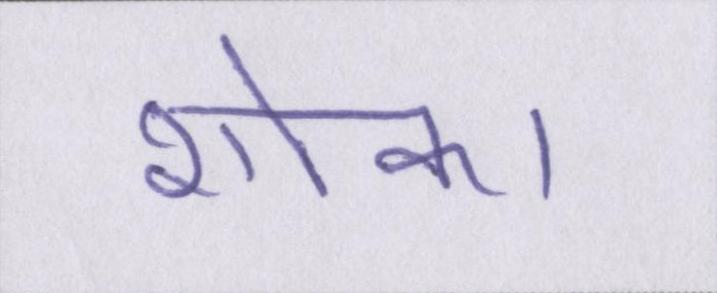
शोक।